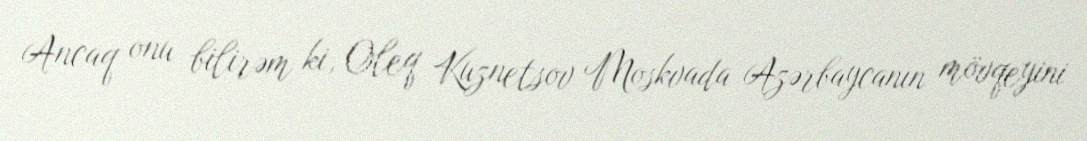
Ancaq onu bilirəm ki, Oleq Kuznetsov Moskvada Azərbaycanın mövqeyini